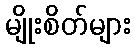
မျိုးစိတ်များ